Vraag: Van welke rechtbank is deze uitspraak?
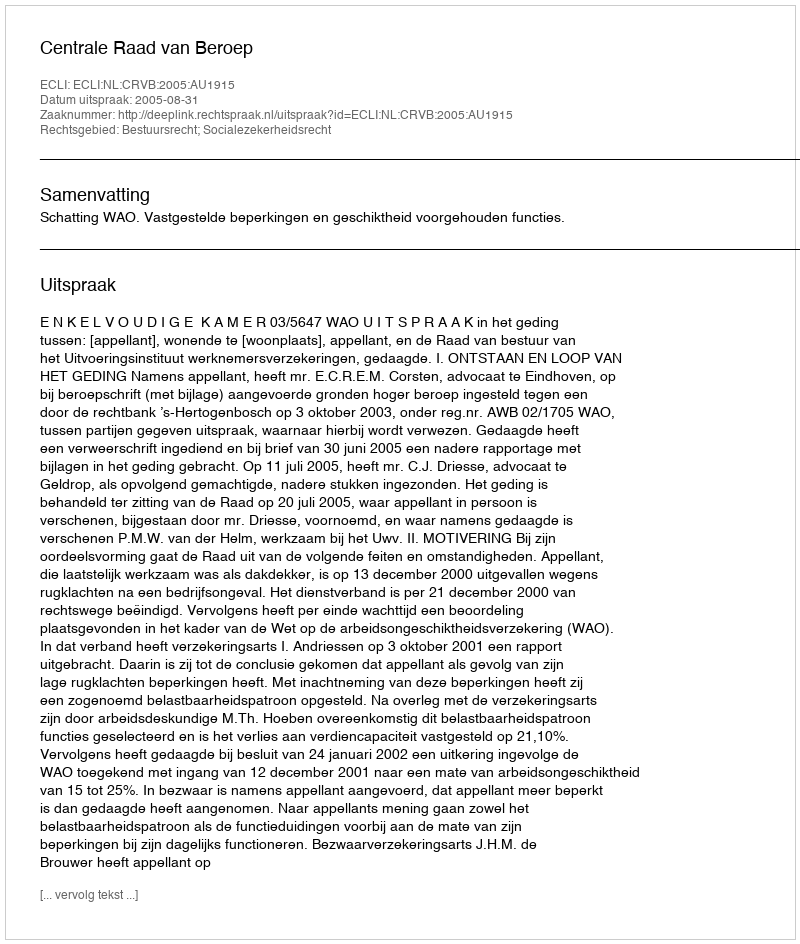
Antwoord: Centrale Raad van Beroep